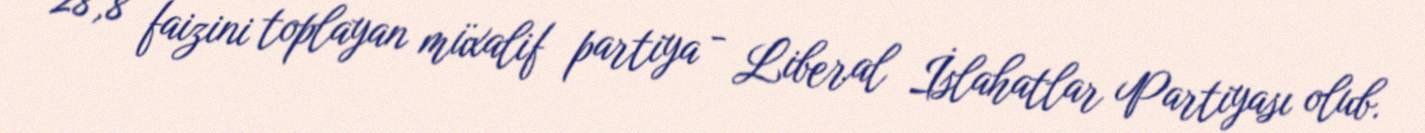
28,8 faizini toplayan müxalif partiya - Liberal İslahatlar Partiyası olub.